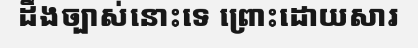
ដឹងច្បាស់នោះទេ ព្រោះដោយសារ